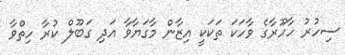
ސިހުރު ހާހޫރާގެ ވާހަކަ ތަކަކީ އިޒާން މާގަޔާވާ އަދި ގަބޫލް ކުރާ ހިތްވާ